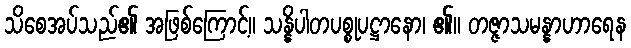
သိစေအပ်သည်၏ အဖြစ်ကြောင့်။ သန္နိပါတပစ္စုပဋ္ဌာနော၊ ၏။ တဇ္ဇာသမန္နာဟာရေန